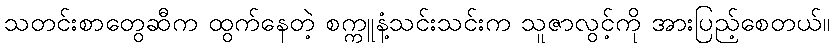
သတင်းစာတွေဆီက ထွက်နေတဲ့ စက္ကူနံ့သင်းသင်းက သူဇာလွင့်ကို အားပြည့်စေတယ်။